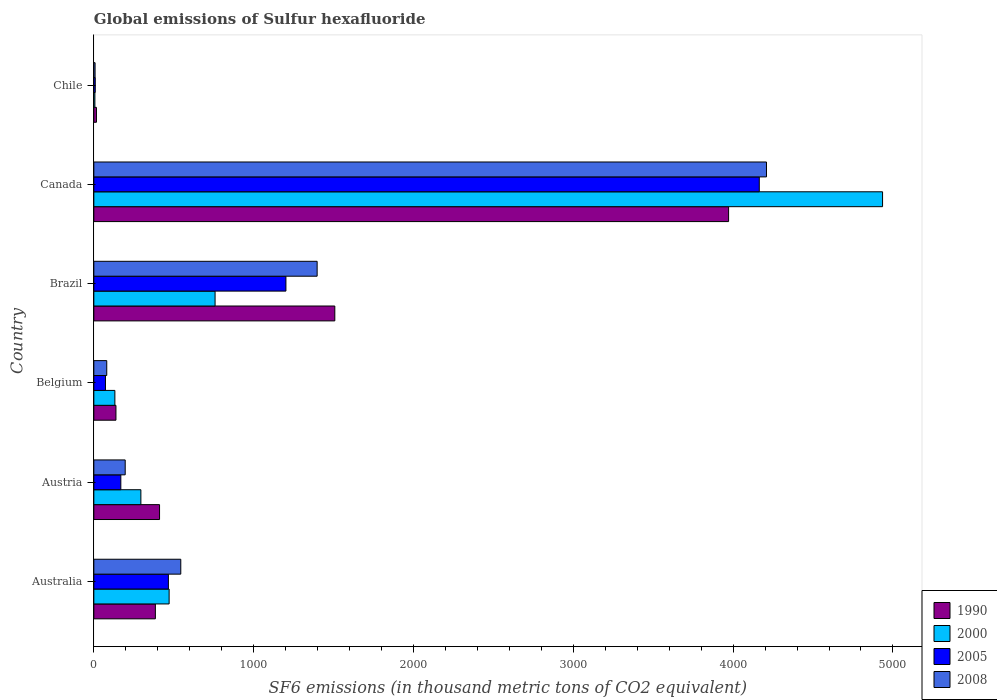
| Country | 1990 | 2000 | 2005 | 2008 |
 | --- | --- | --- | --- | --- |
 | Australia | 385 | 471 | 467 | 544 |
 | Austria | 411 | 294 | 169 | 196 |
 | Belgium | 138 | 132 | 72.9 | 80.9 |
 | Brazil | 1.51e+03 | 759 | 1.2e+03 | 1.4e+03 |
 | Canada | 3.97e+03 | 4.94e+03 | 4.16e+03 | 4.21e+03 |
 | Chile | 16.5 | 6.7 | 9 | 7.9 |